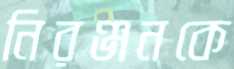
নিরঞ্জনকে